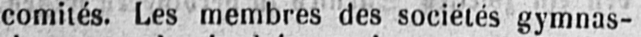
comités. Les membres des sociétés gymnas-